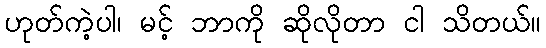
ဟုတ်ကဲ့ပါ၊ မင့် ဘာကို ဆိုလိုတာ ငါ သိတယ်။